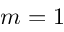
m = 1